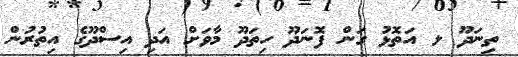
ތިނަދޫ ލ އަތޮޅު ގަން ފޮނަދޫ ހިތަދޫ މާވަށް އަދި އިސްދޫގެ އިތުރުން